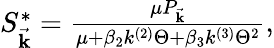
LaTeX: \begin{array}{r}{S_{\vec{\mathbf{k}}}^{*}=\frac{{\mu}P_{\vec{\mathbf{k}}}}{\mu+\beta_{2}k^{(2)}\Theta+\beta_{3}k^{(3)}\Theta^{2}},}\end{array}